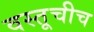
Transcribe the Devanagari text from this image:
वस्तूचीच